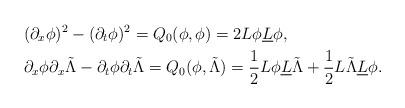
LaTeX: \begin{align*}&(\partial_x \phi)^2-(\partial_t\phi)^2=Q_0(\phi,\phi)=2L\phi \underline{L}\phi,\\& \partial_x \phi \partial_x \tilde{\Lambda}-\partial_t \phi \partial_t \tilde{\Lambda}=Q_0(\phi,\tilde{\Lambda})=\dfrac{1}{2}L\phi \underline{L}\tilde{\Lambda}+\dfrac{1}{2}L\tilde{\Lambda} \underline{L}\phi. \end{align*}